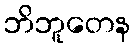
ဘိဘူတေန